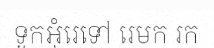
ទូកអុំរេទៅ រេមក រក